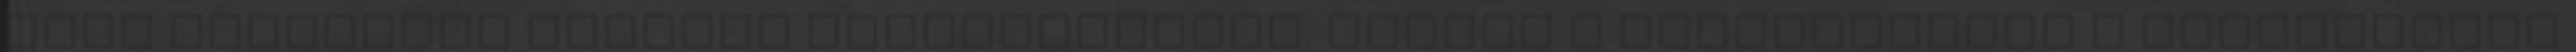
MSZP elnökének pénteki közleményében. VISSZA A KEZDŐOLDALRA A kommentelés